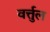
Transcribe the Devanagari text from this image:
वर्त्तुल